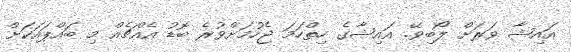
އައިޝާ ވަރަށް ލޯބިވޭ. އައިޝާގެ ހިތްހަމަ ޖެހުމަށްވުރެ ބޮޑު އެއްޗެއް މި ބައްޕައަކަށް